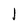
Character: I